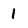
Character: 1